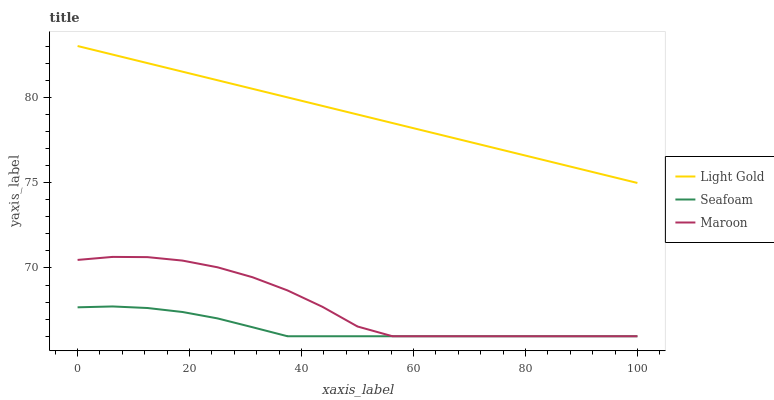
| xaxis_label | Light Gold | Seafoam | Maroon |
 | --- | --- | --- | --- |
 | 0 | 83 | 67.7 | 70.5 |
 | 6.25 | 82.5 | 67.7 | 70.6 |
 | 12.5 | 82 | 67.7 | 70.6 |
 | 18.8 | 81.5 | 67.4 | 70.4 |
 | 25 | 81 | 67 | 70 |
 | 31.2 | 80.5 | 66.5 | 69.5 |
 | 37.5 | 80 | 66 | 68.7 |
 | 43.8 | 79.5 | 66 | 67.7 |
 | 50 | 79 | 66 | 66.6 |
 | 56.2 | 78.5 | 66 | 66 |
 | 62.5 | 78 | 66 | 66 |
 | 68.8 | 77.5 | 66 | 66 |
 | 75 | 77 | 66 | 66 |
 | 81.2 | 76.5 | 66 | 66 |
 | 87.5 | 76 | 66 | 66 |
 | 93.8 | 75.5 | 66 | 66 |
 | 100 | 75 | 66 | 66 |